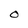
Character: O